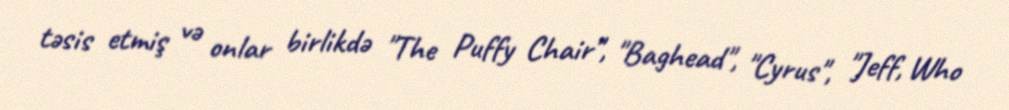
təsis etmiş və onlar birlikdə "The Puffy Chair", "Baghead", "Cyrus", "Jeff, Who